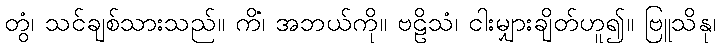
တွံ၊ သင်ချစ်သားသည်။ ကိံ၊ အဘယ်ကို။ ဗဠိသံ၊ ငါးမျှားချိတ်ဟူ၍။ ဗြူသိနု၊